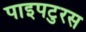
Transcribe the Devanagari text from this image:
पाइपटुरस